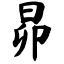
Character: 昴